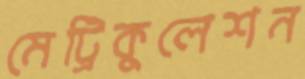
মেট্রিকুলেশন